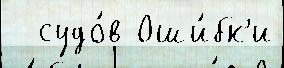
  судо́в Оши́бк'и